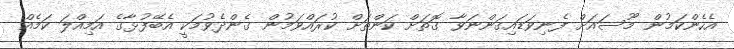
އެހެންކަމުން މޫސައަށް ފެނިވަޑައިގަންނަވާ ގޮތަށް ކަންތަށް ކުރައްވަމުން ގެންދެވުމަކީ އެބޭފުޅާގެ އަމިއްލަ ކަމެއް